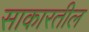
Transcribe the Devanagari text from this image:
साकारतील